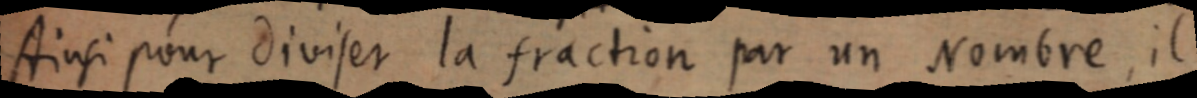
Ainsi pour diviser la fraction par un nombre, il